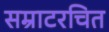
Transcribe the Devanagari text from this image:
सम्राटरचित